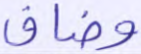
وضاق